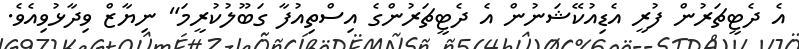
އެ ދެޓީޗަރުން ފުރީ އެޑިއުކޭޝަނުން އެ ދެޓީޗަރުންގެ އިސްތިއުފާ ގަބޫލުކުރީމަ" ނިޔާޒް ވިދާޅުވިއެވެ.